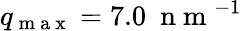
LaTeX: q_{\mathrm{~m~a~x~}}=7.0\ \mathrm{~n~m~}^{-1}